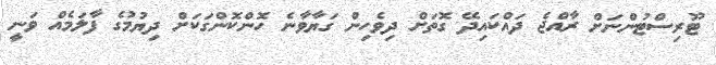
ޓޫރިސްޓުންނަށް ރާއްޖެ ދައްކައިދޭ ގޮތަށް ދިވެހިން ގަޔާވާނެ ހޮންކޮންގަކަށް ދިޔުމުގެ ފާލަމެއް ވަނީ